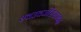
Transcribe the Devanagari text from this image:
भ्वउवजींससपबद्ध